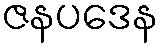
ဇနပဒေန